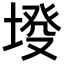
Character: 𡍰